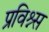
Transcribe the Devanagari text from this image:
प्रविश्न्स